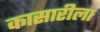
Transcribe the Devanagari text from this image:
कासारीला